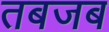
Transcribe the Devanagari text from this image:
तबजब